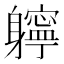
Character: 𨊓